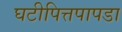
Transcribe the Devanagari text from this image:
घटीपित्तपापडा